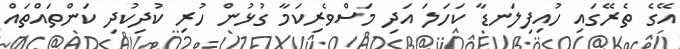
އޭގެ ތެރޭގައި ހުއިފިލަނޑާ ކަހަލަ އަދި މަސްވެރިކަމާ ގުޅުން ހުރި ކުދިކުދި ކަންތައްތައް